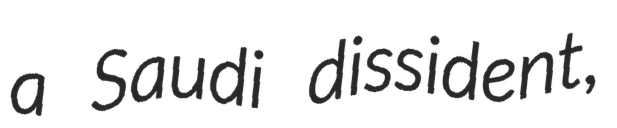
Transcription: a Saudi dissident,